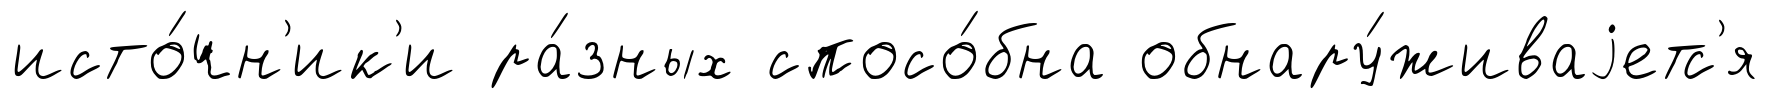
исто́чн'ик'и ра́зных спосо́бна обнару́живаjетс'я